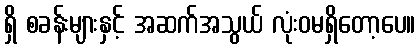
ရှိ စခန်းများနှင့် အဆက်အသွယ် လုံးဝမရှိတော့ပေ။